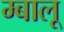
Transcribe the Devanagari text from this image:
म्बालू